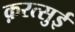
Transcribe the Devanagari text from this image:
क़रत्सुई